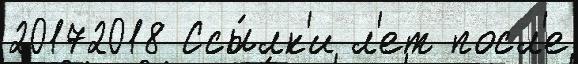
20172018 Ссы́лк'и л'ет посл'е